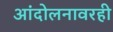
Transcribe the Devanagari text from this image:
आंदोलनावरही